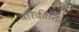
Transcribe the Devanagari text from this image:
परिकीतिर्तः।